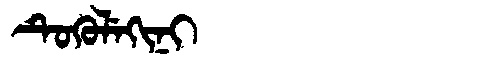
Manchu: ᡨᡠᡴᡠᠯᡝᡴᡳᠨᡳ
Romanization: TUKULEKINI